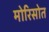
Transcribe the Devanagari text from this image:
मोरिसोत